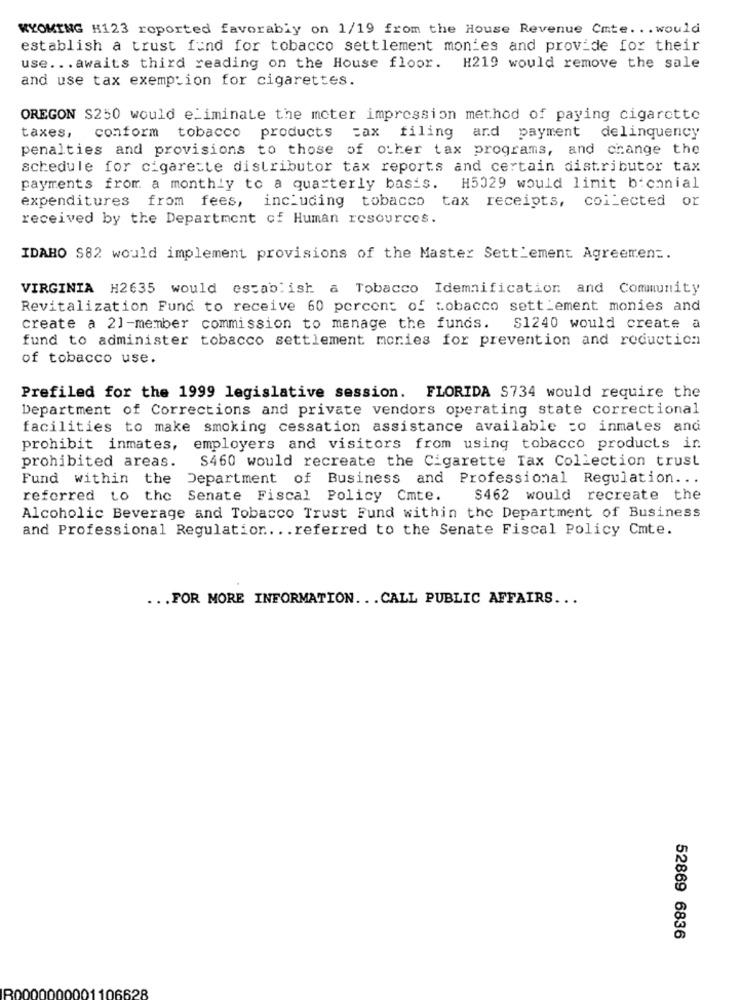
WYOMING H123 reported favorably on 1/19 from the House Revenue Cmte. .. would
establish a trust fund for tobacco settlement monies and provide for their
use ... awaits third reading on the House floor. H219 would remove the sale
and use tax exemption for cigarettes.
OREGON $250 would eliminate the moter impression method of paying cigarette
taxes, conform tobacco products =ax filing and payment delinquency
penalties and provisions to those of other tax programs, and change the
schedule for cigarette distributor tax reports and certain distributor tax
payments from a monthly to a quarterly basis.
H5029 would limit biennial
expenditures from fees, including tobacco tax receipts, collected or
received by the Department of Human resources.
IDARO $82 would implement provisions of the Master SettLement Agreement.
VIRGINIA H2635 would establish a Tobacco Idemmification and Community
Revitalization Fund to receive 60 percent of tobacco settlement monies and
create a 21-member commission to manage the funds.
S1240 would create a
fund to administer tobacco settlement monies for prevention and reduction
of tobacco use.
Prefiled for the 1999 legislative session. FLORIDA S734 would require the
Department of Corrections and private vendors operating state correctional
facilities to make smoking cessation assistance available =o inmates and
prohibit inmates, employers and visitors from using tobacco products in
$460 would recreate the Cigarette Tax Collection trust
prohibited areas.
Fund within the
Department of Business and Professional Regulation ...
referred to the Senate Fiscal Policy Cmte.
$462 would recreate the
Alcoholic Beverage and Tobacco Trust Fund within the Department of Business
and Professional Regulation ... referred to the Senate Fiscal Policy Cmte.
... FOR MORE INFORMATION. . . CALL PUBLIC AFFAIRS ...
52869 6836